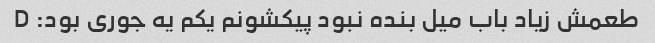
طعمش زیاد باب میل بنده نبود پیکشونم یکم یه جوری بود: D